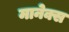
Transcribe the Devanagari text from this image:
मानेक्स